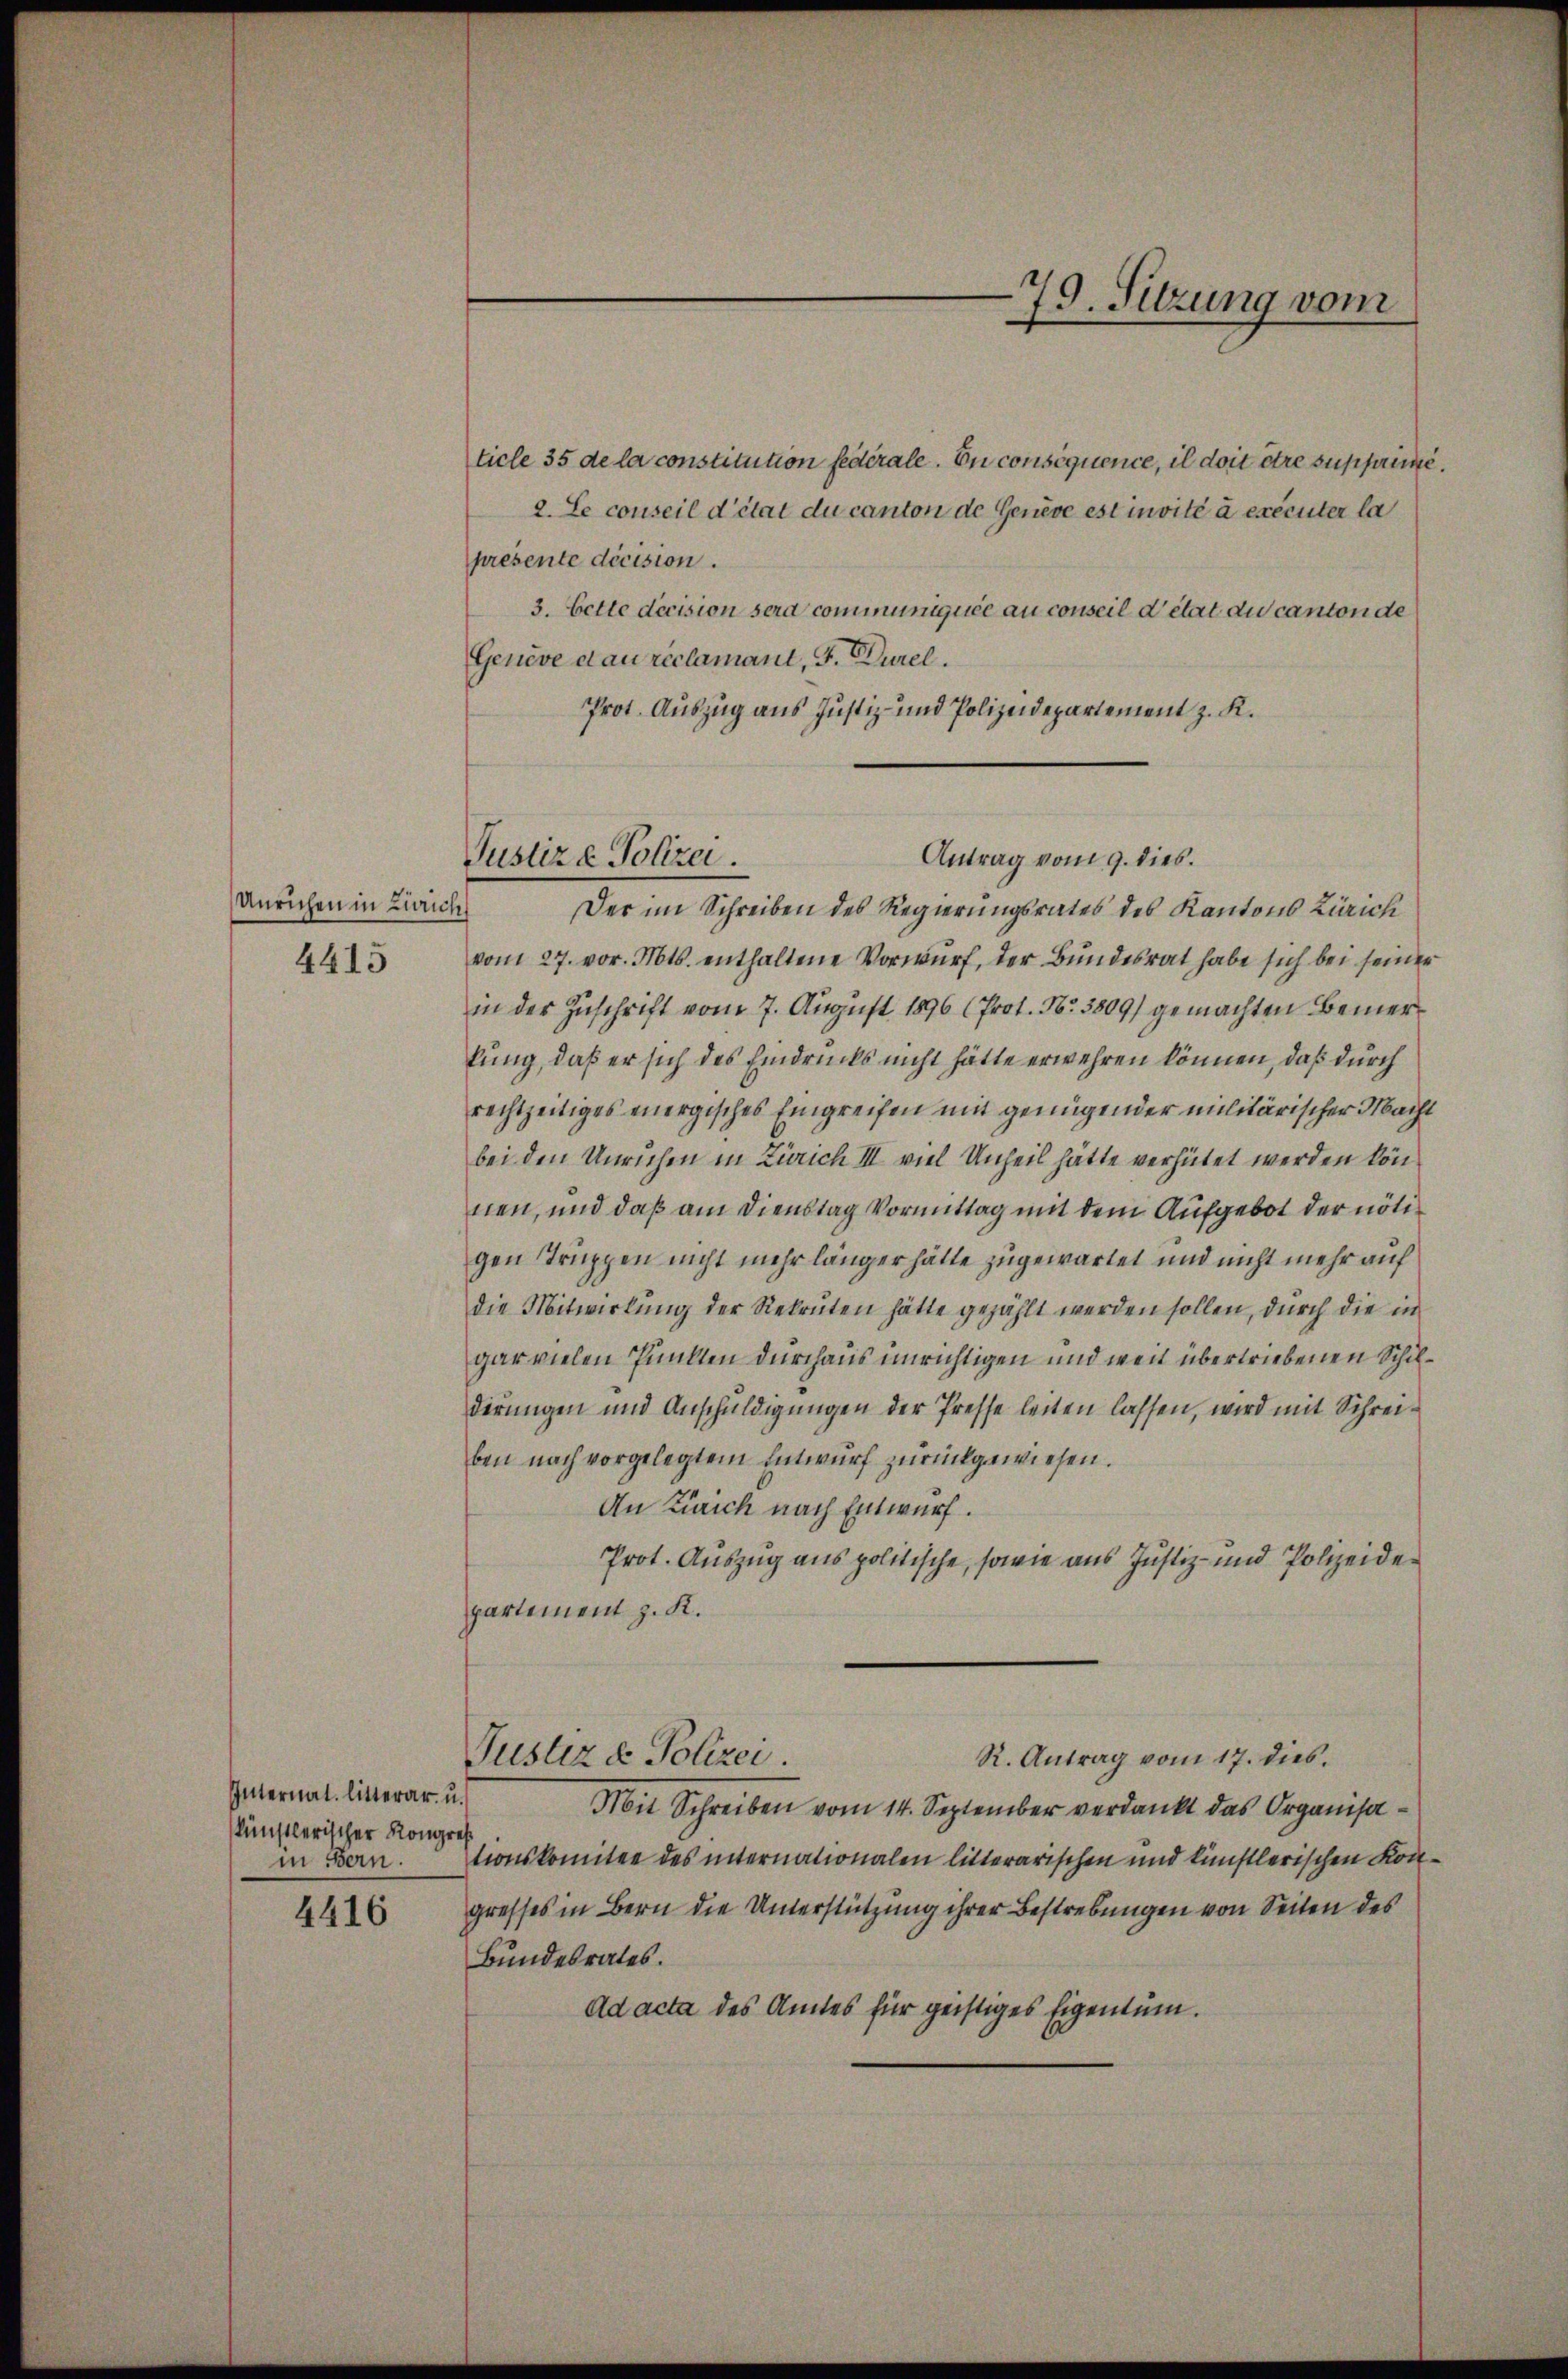
Unrichen in Zürich
4415

Internat. litterar u.
künstlerischer Kongres
in Bern.

4416

ticle 35 de la constitution fédérale. En consequence, il doit être supprin
2. Le conseil d’état du canton de Genève est invité à exécuter la
presente décision.
3. Cette decision sera communiquée au conseil d’état du canton de
Genève dau réclamant, F. Durel.
Prot. Auszug aus Justiz- und Polizeidepartement z. K.
Antrag vom 9. dies.
Der im Schreiben des Regierungsrates des Kantons Zürich
vom 27. vor. Mts. enthaltene Vorwurf, der Bundesrat habe sich bei seiner
in der Zuschrift vom 7. August 1896 (Prot. No. 3809) gemachten Bemerlung, daß er sich des Eindrucks nicht hätte erwehren können, daß durch
rechtzeitiges energisches Eingreifen mit genügender militärischer Machbei den Unruhen in Zürich III viel Unheil hätte verhütet werden können, und daß am Dienstag Vormittag mit dem Aufgebot der nötigen Truppen nicht mehr länger hätte zugewartet und nicht mehr auf
die Mitwirkung der Rekruten hätte gezählt werden sollen, durch die in
gar vielen Punkten durchaus unrichtigen und wenn übertriebenen Schilderungen und Anschuldigungen der Presse leiten lassen, wird mit Schreiben nach vorgelegtem Entwurf zurückgewiesen.
An Zürich nach Entwurf.
Prot. Auszug aus politische, sowie aus Justiz- und Polizeidepartement z. K.
R. Antrag vom 17. dies.
Justiz & Polizei.
Mit Schreiben vom 14. September verdankt das Organisationskomitee des internationalen litterarischen und künstlerischen Kon
gresses in Bern die Unterstützung ihrer Bestrebungen von Seiten des
Bundesrates.
Ad acta des Amtes für geistiges Eigentum.

Justiz & Polizei

79. Sitzung vom